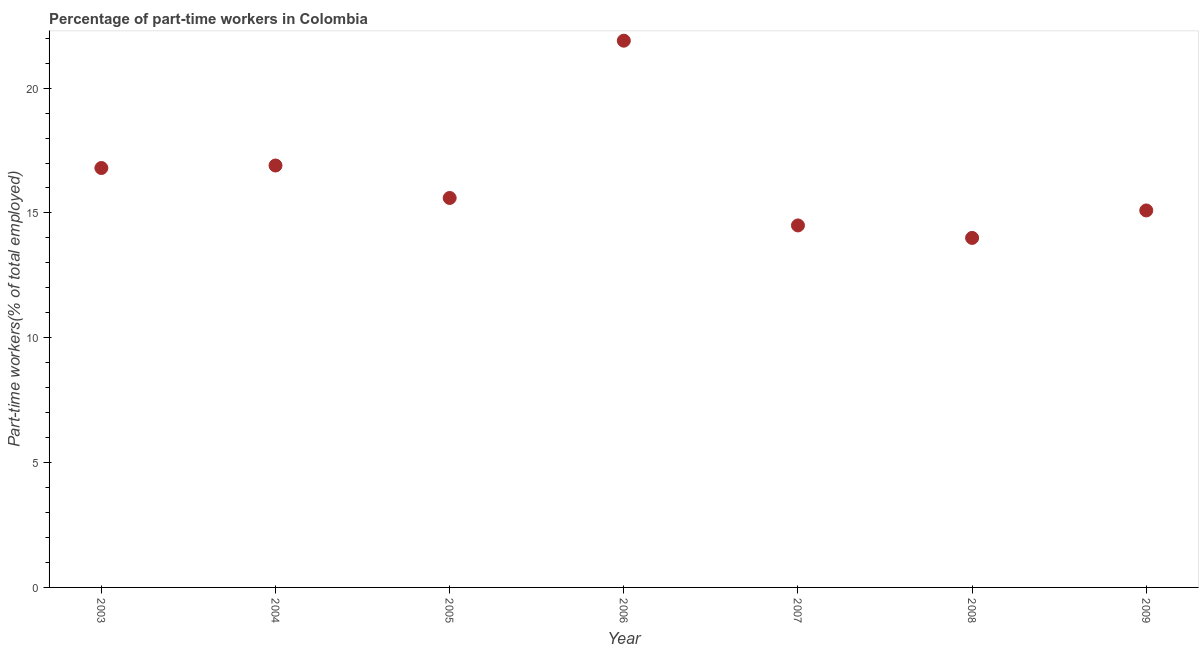
| Year | Part time employment |
 | --- | --- |
 | 2003 | 16.8 |
 | 2004 | 16.9 |
 | 2005 | 15.6 |
 | 2006 | 21.9 |
 | 2007 | 14.5 |
 | 2008 | 14 |
 | 2009 | 15.1 |